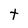
Character: t